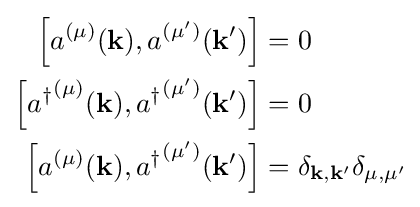
{\begin{aligned}\left[a^{(\mu )}(\mathbf {k} ),a^{(\mu ')}(\mathbf {k} ')\right]&=0\\\left[{a^{\dagger }}^{(\mu )}(\mathbf {k} ),{a^{\dagger }}^{(\mu ')}(\mathbf {k} ')\right]&=0\\\left[a^{(\mu )}(\mathbf {k} ),{a^{\dagger }}^{(\mu ')}(\mathbf {k} ')\right]&=\delta _{\mathbf {k} ,\mathbf {k} '}\delta _{\mu ,\mu '}\end{aligned}}